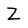
Character: Z